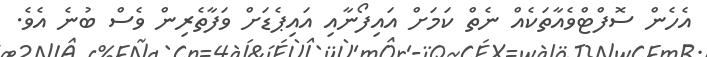
އެހެން ސޮފްޓްވެއާތަކެއް ނެތް ކަމަށް އައިފޯނާއި އައިޕެޑަށް ވަފާތެރިން ވެސް ބުނެ އެވެ.